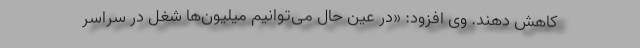
کاهش دهند. وی افزود: «در عین حال می‌توانیم میلیون‌ها شغل در سراسر